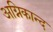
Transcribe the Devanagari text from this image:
अग्निकान्द